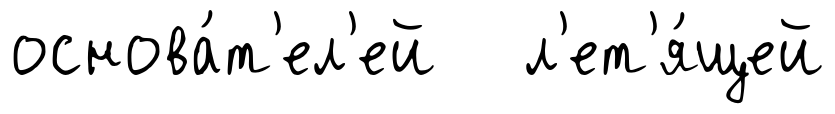
основа́т'ел'ей л'ет'я́щей